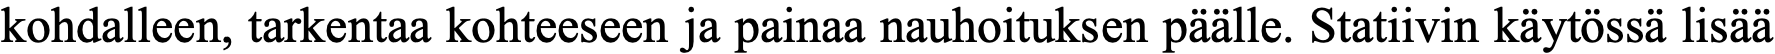
kohdalleen, tarkentaa kohteeseen ja painaa nauhoituksen päälle. Statiivin käytössä lisää